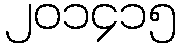
၂၀၁၄၁၅